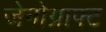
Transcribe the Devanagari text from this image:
जेनोग्राफ्ट